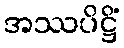
အဿပိဋ္ဌိံ